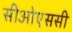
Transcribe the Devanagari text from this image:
सीओएससी